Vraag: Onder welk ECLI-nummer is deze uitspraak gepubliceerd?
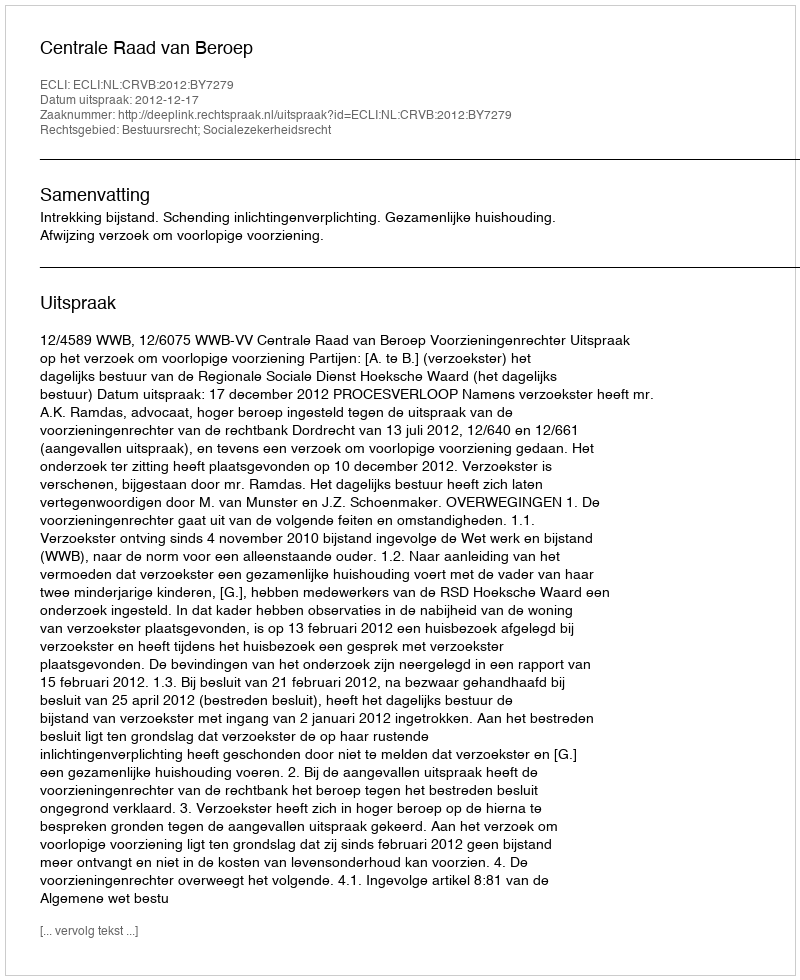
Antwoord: ECLI:NL:CRVB:2012:BY7279